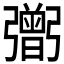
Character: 𢐷